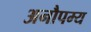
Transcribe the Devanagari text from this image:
अनौपम्य